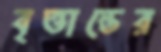
বৃত্তান্তের